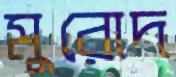
মুরোদ